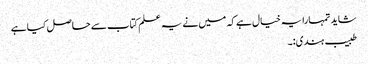
شاید تمہارا یہ خیال ہے کہ میں نے یہ علم کتاب سے حاصل کیا ہے
طبیب ہندی:۔